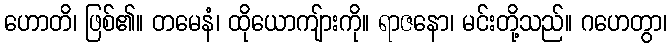
ဟောတိ၊ ဖြစ်၏။ တမေနံ၊ ထိုယောကျ်ားကို။ ရာဇနော၊ မင်းတို့သည်။ ဂဟေတွာ၊